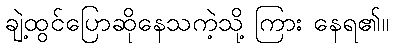
ချဲ့ထွင်ပြောဆိုနေသကဲ့သို့ ကြား နေရ၏။